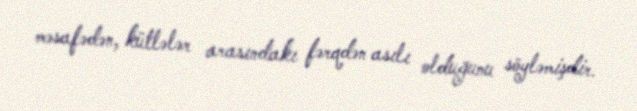
məsafədən, kütlələr arasındakı fərqdən asılı olduğunu söyləmişdir.